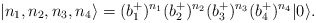
\begin{align*}\left|n_1,n_2,n_3,n_4 \right\rangle =(b^+_1)^{n_1}(b^+_2)^{n_2}(b^+_3)^{n_3} (b^+_4)^{n_4}|0 \rangle.\end{align*}